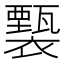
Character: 𧞙